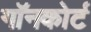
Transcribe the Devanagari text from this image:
गॉनकोर्ट